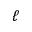
\ell